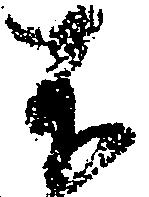
不